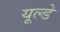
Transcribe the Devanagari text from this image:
यूल्डे